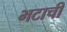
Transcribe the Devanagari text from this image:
भटाची